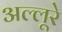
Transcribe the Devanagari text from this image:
अल्लूरे